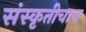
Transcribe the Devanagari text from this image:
संस्कृतीचाच